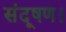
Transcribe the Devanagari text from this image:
संदूषण।